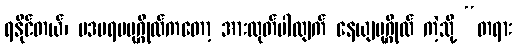
ရနိုင်တယ်၊ ပဒပရမပုဂ္ဂိုလ်ကတော့ အားထုတ်ပါလျက် နေယျပုဂ္ဂိုလ် ကဲ့သို့ “တရား